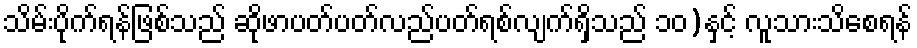
သိမ်းပိုက်ရန်ဖြစ်သည် ဆိုဖာပတ်ပတ်လည်ပတ်ရစ်လျက်ရှိသည် ၁၀)နှင့် လူသားသိစေရန်